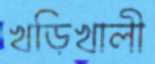
খড়িখালী